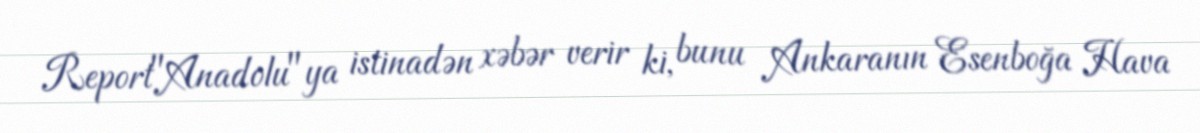
Report"Anadolu"ya istinadən xəbər verir ki, bunu Ankaranın Esenboğa Hava